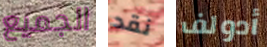
الجميع نقد أدولف